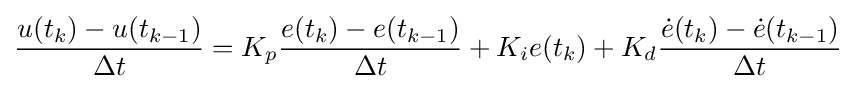
{\frac {u(t_{k})-u(t_{k-1})}{\Delta t}}=K_{p}{\frac {e(t_{k})-e(t_{k-1})}{\Delta t}}+K_{i}e(t_{k})+K_{d}{\frac {{\dot {e}}(t_{k})-{\dot {e}}(t_{k-1})}{\Delta t}}